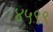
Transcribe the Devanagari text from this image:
४५९९